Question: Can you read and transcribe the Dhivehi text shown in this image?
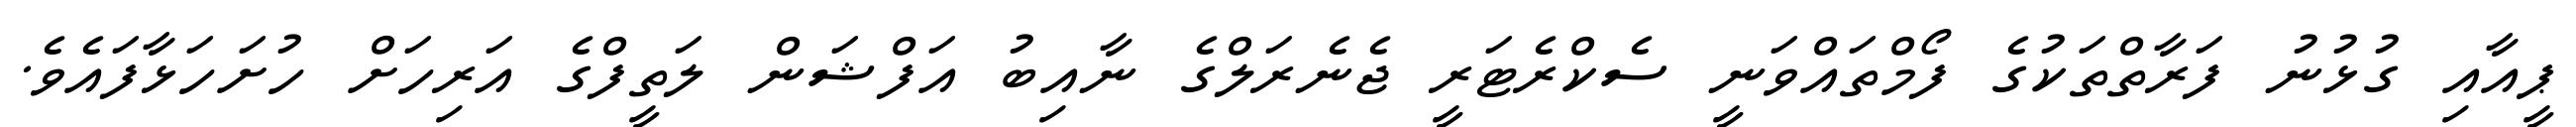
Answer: ޕީއާއި ގުޅުނު ފަރާތްތަކުގެ ފޯމްތައްވަނީ ސެކްރެޓަރީ ޖެނެރަލްގެ ނާއިބު އަފްޝަން ލަތީފްގެ އަރިހަށް ހުށަހަޅާފައެވެ.